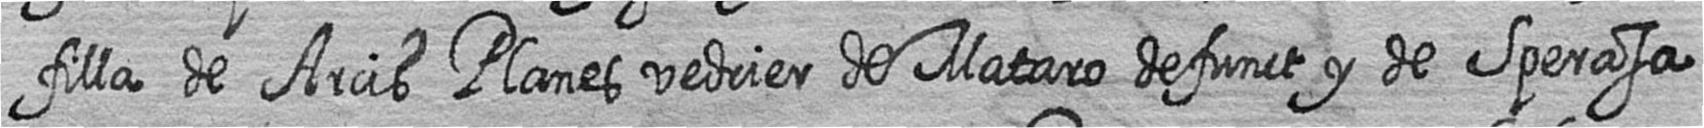
filla de Arcis Planes vedrier de Mataro defunct y de Sperasa